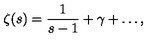
\zeta ( s ) = \frac { 1 } { s - 1 } + \gamma + \dots ,